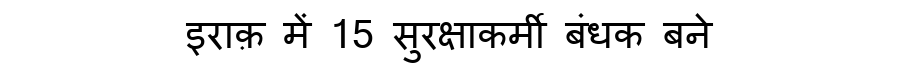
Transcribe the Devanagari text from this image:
इराक़ में 15 सुरक्षाकर्मी बंधक बने